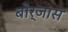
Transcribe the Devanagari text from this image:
बोर्जास